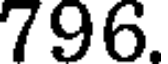
796.